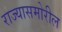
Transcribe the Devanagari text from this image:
राज्यासमोरील